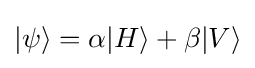
|\psi \rangle =\alpha |H\rangle +\beta |V\rangle